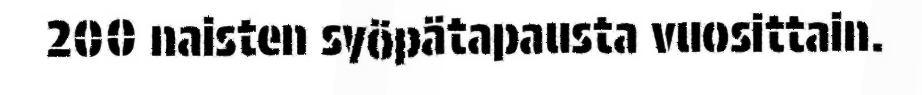
200 naisten syöpätapausta vuosittain.